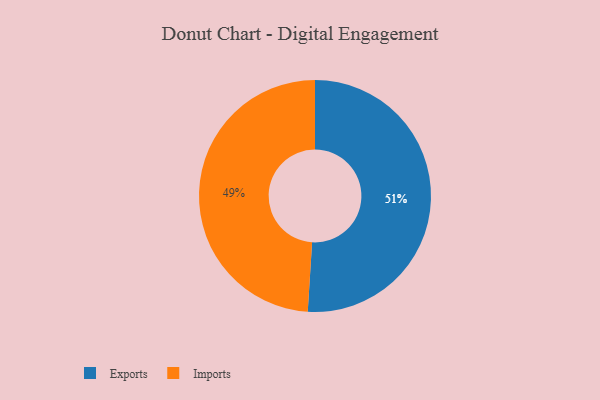
{"axis": {"x": "Category", "y": "Percentage"}, "legend": ["Exports", "Imports"], "data": [{"x": "Imports", "y": 49, "type": "Imports"}, {"x": "Exports", "y": 51, "type": "Exports"}]}